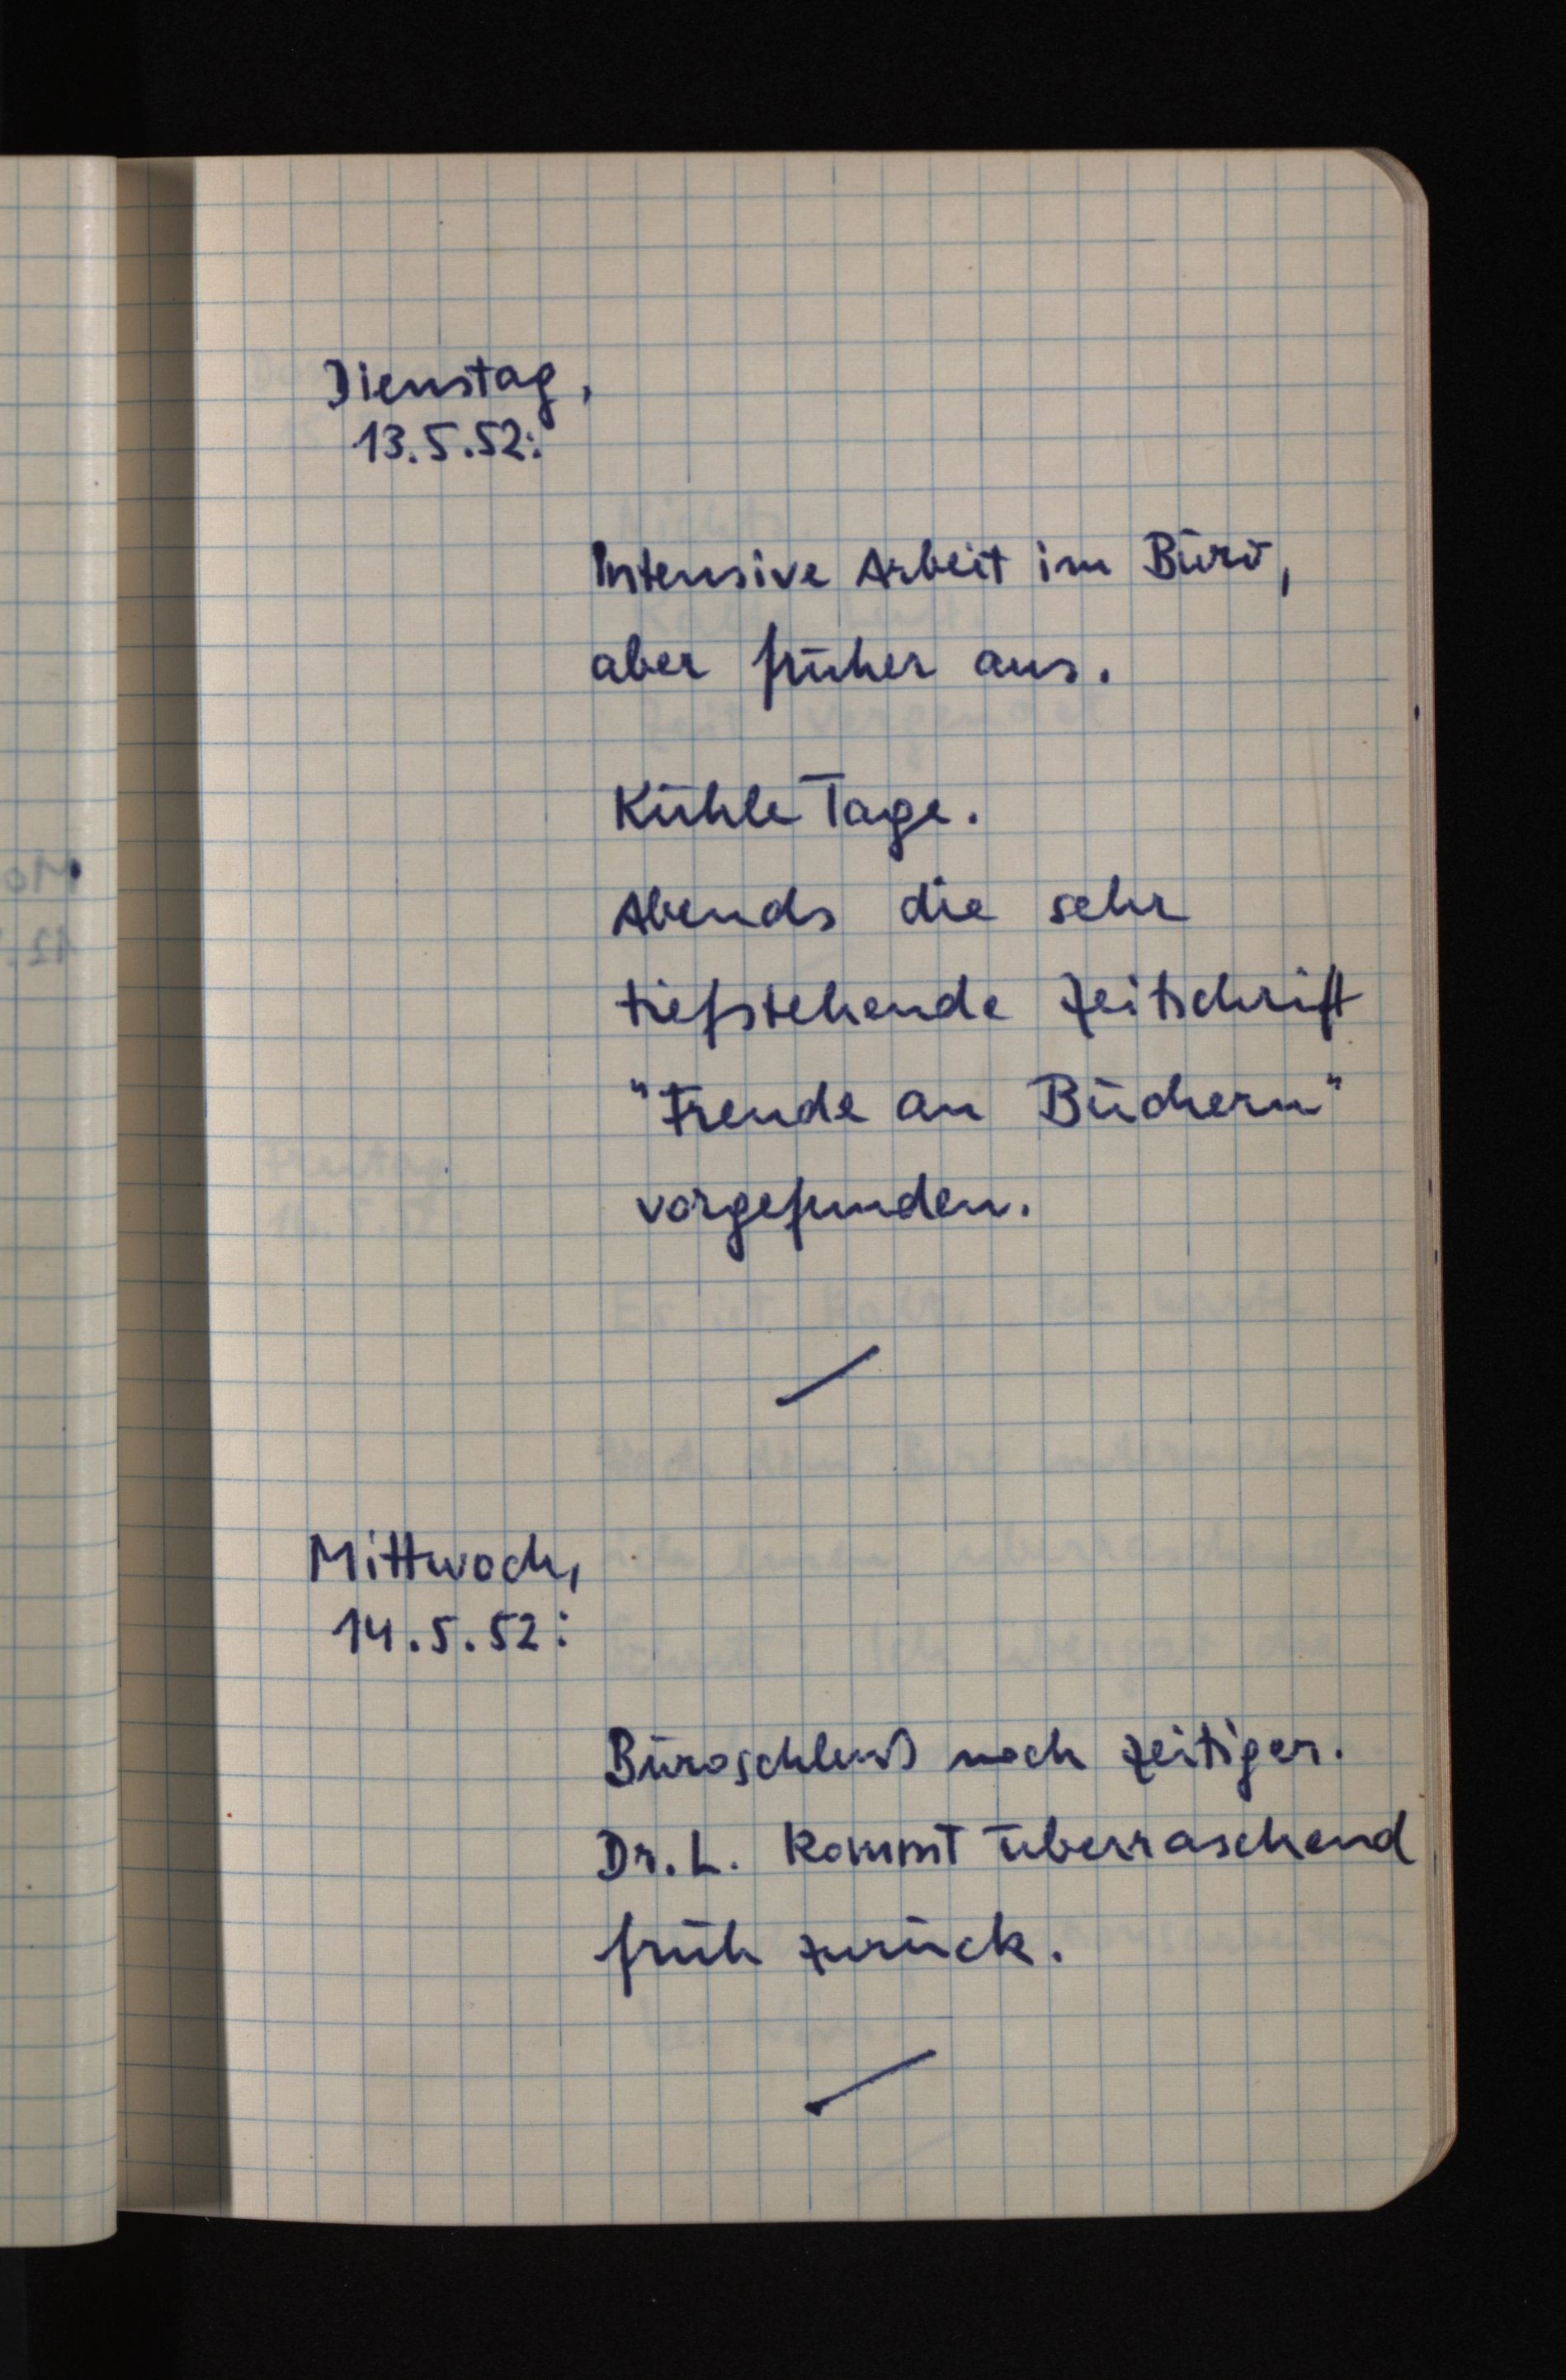
Dienstag,
13.5.52:
Intensive Arbeit im Büro,
aber früher aus.
Kühle Tage.
Abends die sehr
tiefstehende Zeitschrift
"Freude an Büchern"
vorgefunden.
Mittwoch,
14.5.52:
Büroschluß noch zeitiger.
Dr. L. kommt überraschend
früh zurück.